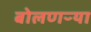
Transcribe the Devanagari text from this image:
बोलणऱ्या